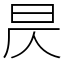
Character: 昃